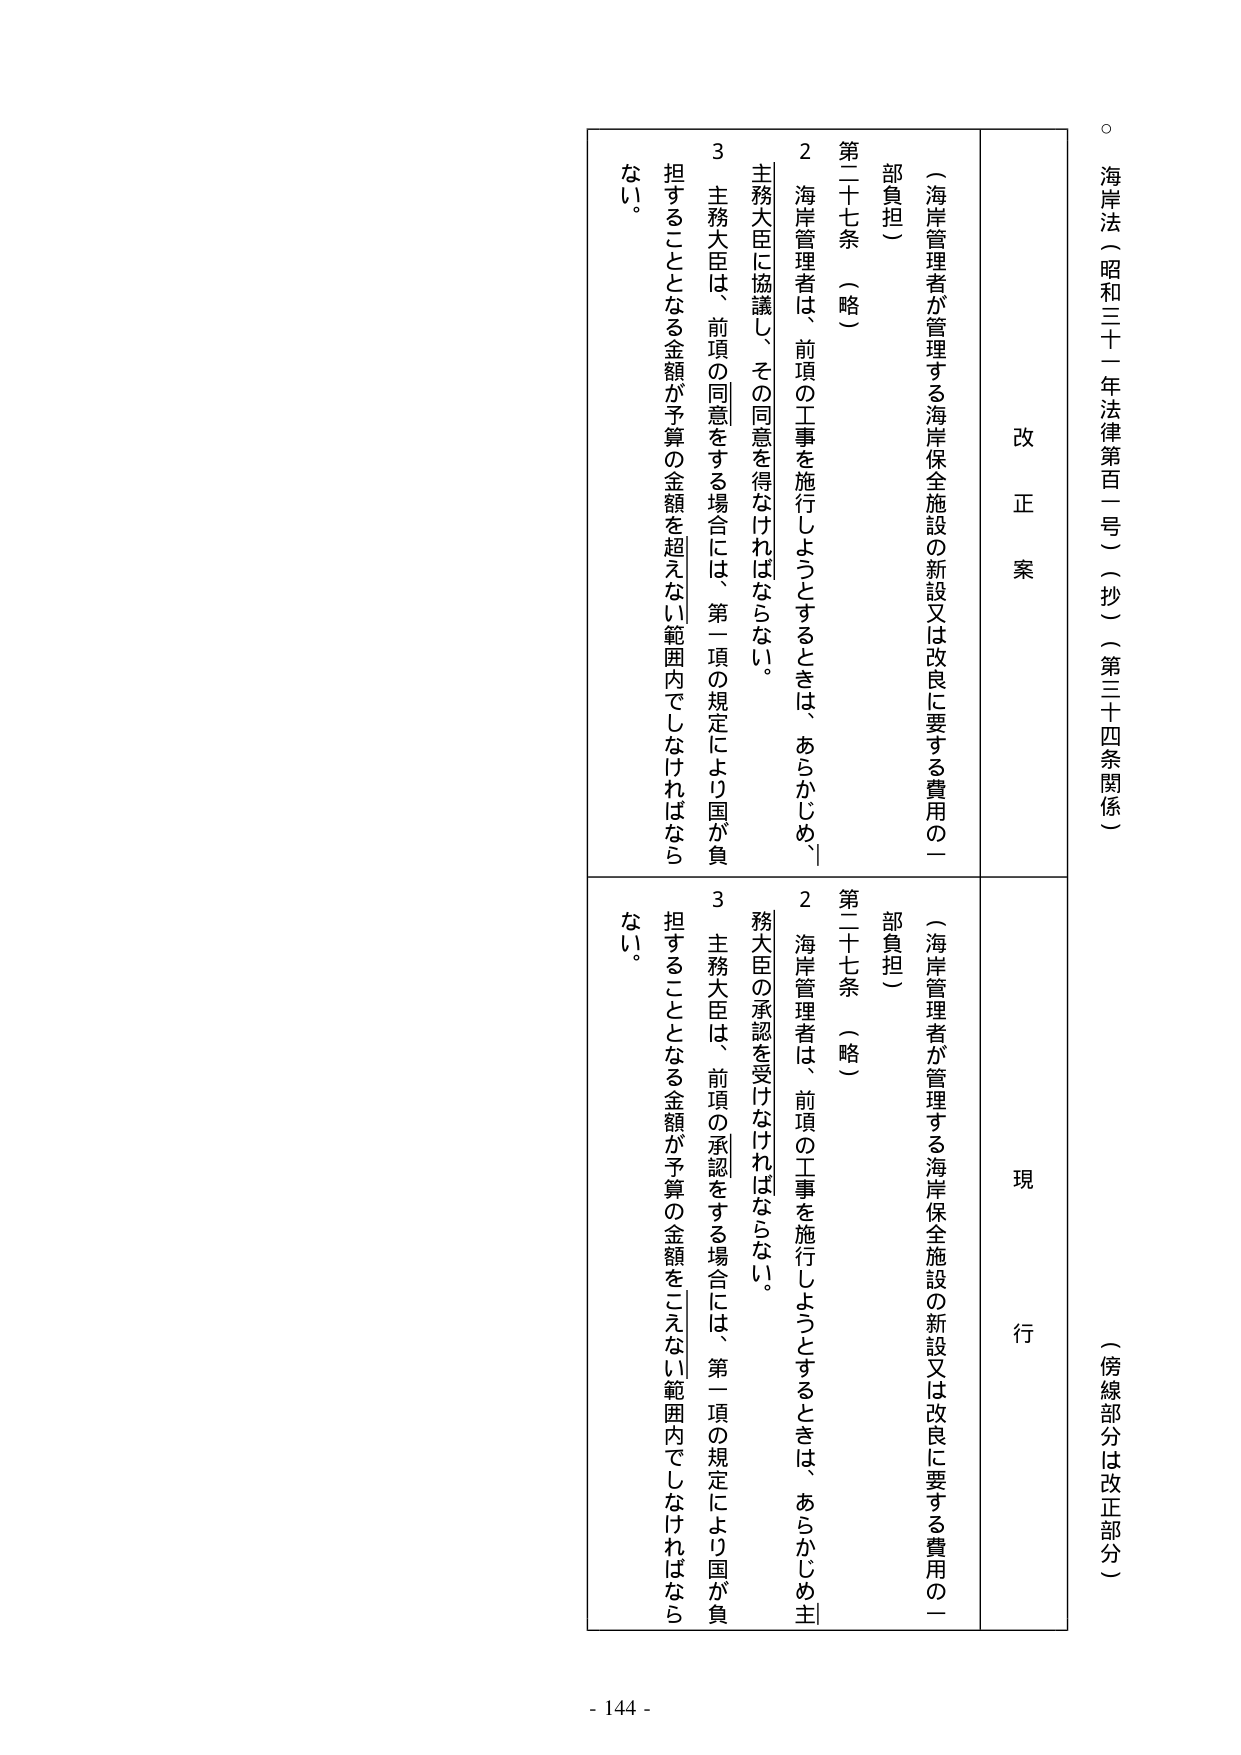
海岸法（昭和三十一年法律第百一号）（抄）（第三十四条関係）

（傍線部分は改正部分）

改正案

（海岸管理者が管理する海岸保全施設の新設又は改良に要する費用の一部負担）

第二十七条 （略）

２ 海岸管理者は、前項の工事を施行しようとするときは、あらかじめ、主務大臣に協議し、その同意を得なければならない。

３ 主務大臣は、前項の同意をする場合には、第一項の規定により国が負担することとなる金額が予算の金額を超えない範囲内でしなければならない。

現行

（海岸管理者が管理する海岸保全施設の新設又は改良に要する費用の一部負担）

第二十七条 （略）

２ 海岸管理者は、前項の工事を施行しようとするときは、あらかじめ主務大臣の承認を受けなければならない。

３ 主務大臣は、前項の承認をする場合には、第一項の規定により国が負担することとなる金額が予算の金額をこえない範囲内でしなければならない。

- 144 -